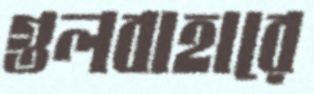
গুলবাহারে